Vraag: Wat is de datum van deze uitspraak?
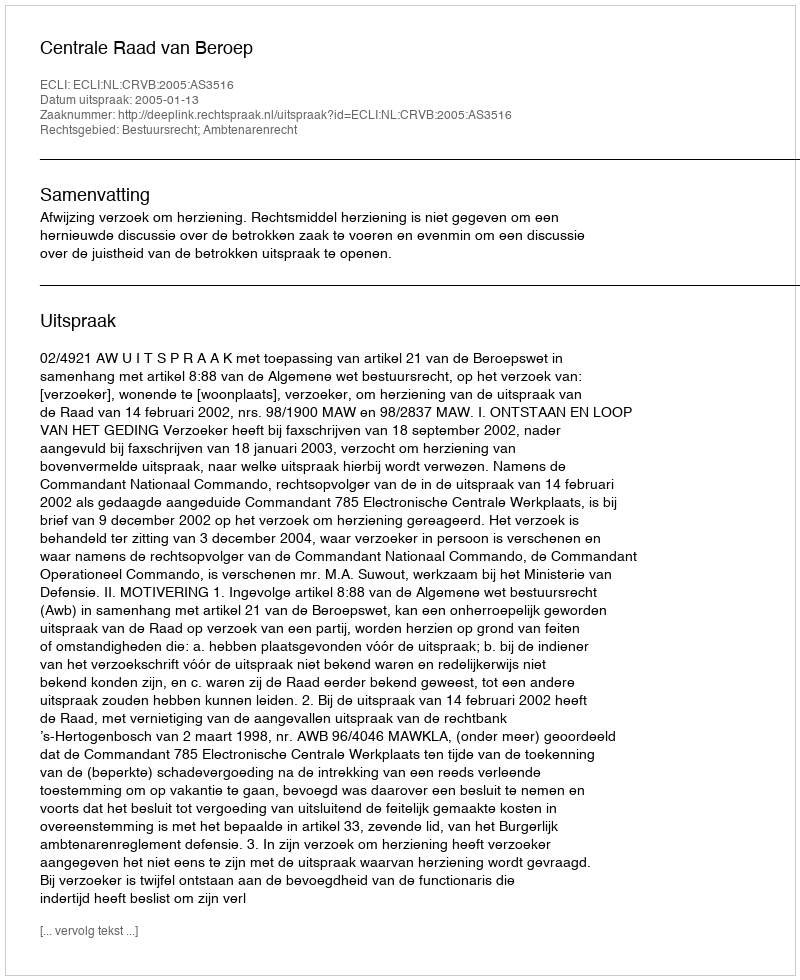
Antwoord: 2005-01-13